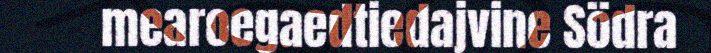
mearoegaedtiedajvine Södra